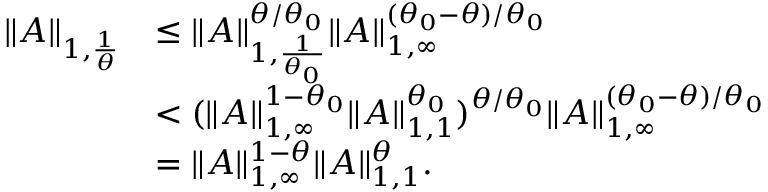
\begin{array} { r l } { \| A \| _ { 1 , \frac { 1 } { \theta } } } & { \le \| A \| _ { 1 , \frac { 1 } { \theta _ { 0 } } } ^ { \theta / \theta _ { 0 } } \| A \| _ { 1 , \infty } ^ { ( \theta _ { 0 } - \theta ) / \theta _ { 0 } } } \\ & { < ( \| A \| _ { 1 , \infty } ^ { 1 - \theta _ { 0 } } \| A \| _ { 1 , 1 } ^ { \theta _ { 0 } } ) ^ { \theta / \theta _ { 0 } } \| A \| _ { 1 , \infty } ^ { ( \theta _ { 0 } - \theta ) / \theta _ { 0 } } } \\ & { = \| A \| _ { 1 , \infty } ^ { 1 - \theta } \| A \| _ { 1 , 1 } ^ { \theta } . } \end{array}